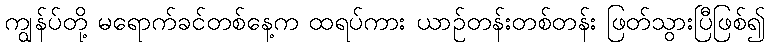
ကျွန်ပ်တို့ မရောက်ခင်တစ်နေ့က ထရပ်ကား ယာဉ်တန်းတစ်တန်း ဖြတ်သွားပြီဖြစ်၍